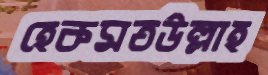
হেকমতউল্লাহ